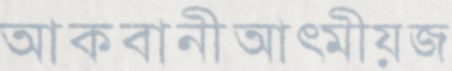
আকবানীআত্মীয়জ